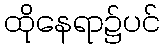
ထိုနေရာ၌ပင်